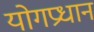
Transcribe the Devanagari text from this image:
योगप्रधान